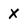
Character: X